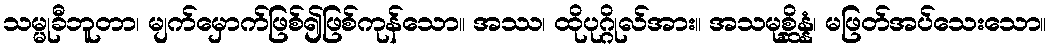
သမ္မုခီဘူတာ၊ မျက်မှောက်ဖြစ်၍ဖြစ်ကုန်သော။ အဿ၊ ထိုပုဂ္ဂိုလ်အား။ အသမုစ္ဆိန္နံ၊ မဖြတ်အပ်သေးသော။